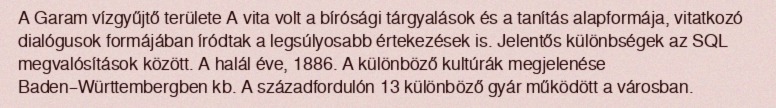
A Garam vízgyűjtő területe A vita volt a bírósági tárgyalások és a tanítás alapformája, vitatkozó dialógusok formájában íródtak a legsúlyosabb értekezések is. Jelentős különbségek az SQL megvalósítások között. A halál éve, 1886. A különböző kultúrák megjelenése Baden–Württembergben kb. A századfordulón 13 különböző gyár működött a városban.